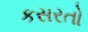
કસરતો